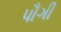
પૌગી